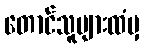
တောင်သူများထံမှ